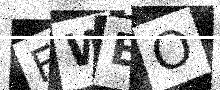
Text: FWEO